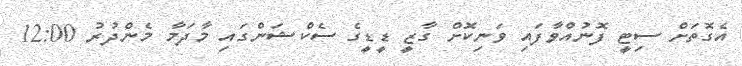
އެގޮތަށް ސިޓީ ފޮނުއްވާފައި ވަނިކޮށް ގާޒީ ޑީޑީގެ ސެކްޝަންގައި މާދަމާ މެންދުރު 12:00